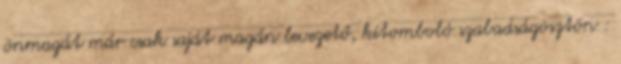
önmagát már csak saját magán levezető, kitomboló szabadságösztön :